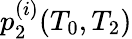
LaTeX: p_{2}^{(i)}(T_{0},T_{2})